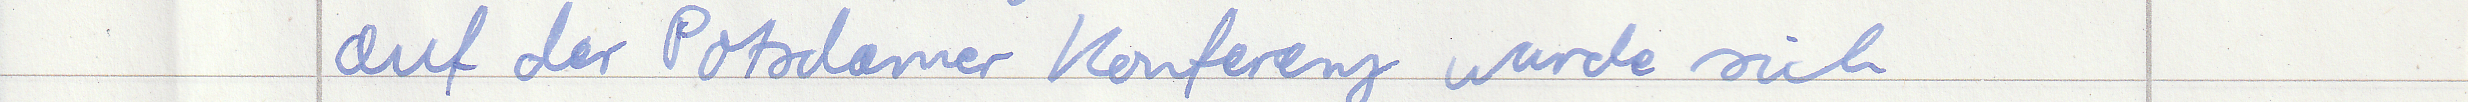
auf der Potsdamer Konferenz wurde sich